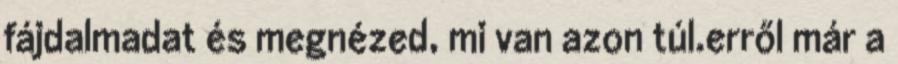
fájdalmadat és megnézed, mi van azon túl.erről már a